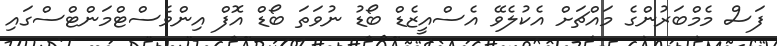
ފަސް މެމްބަރުންގެ މައްޗަށް އެކުލެވޭ އެސްއީޒެޑް ބޯޑު ނުވަތަ ބޯޑް އޮފް އިންވެސްޓްމަންޓްސްގައި